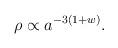
LaTeX: \begin{align*}\rho\propto a^{-3(1+w)}.\end{align*}